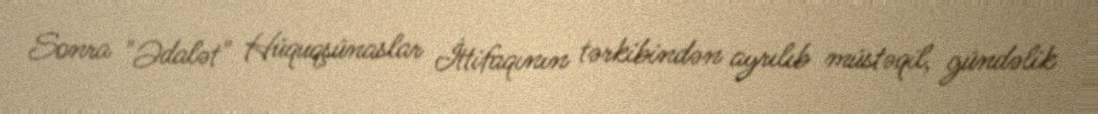
Sonra "Ədalət" Hüquqşünaslar İttifaqının tərkibindən ayrılıb müstəqil, gündəlik